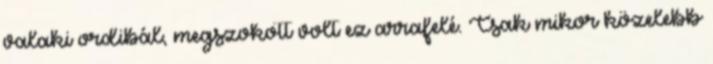
valaki ordibál, megszokott volt ez arrafelé. Csak mikor közelebb